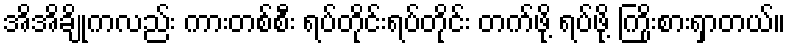
အိအိချိုကလည်း ကားတစ်စီး ရပ်တိုင်းရပ်တိုင်း တက်ဖို့ ရပ်ဖို့ ကြိုးစားရှာတယ်။